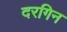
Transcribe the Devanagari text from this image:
दरगिन